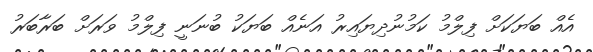
އެއް ބަޔަކަށް ފިލްމު ކަމުނުދިޔައިރު އަނެއް ބަޔަކު ބުނަނީ ފިލްމު ވަރަށް ބަރާބަރު